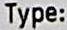
TYPE: